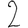
Digit: 2